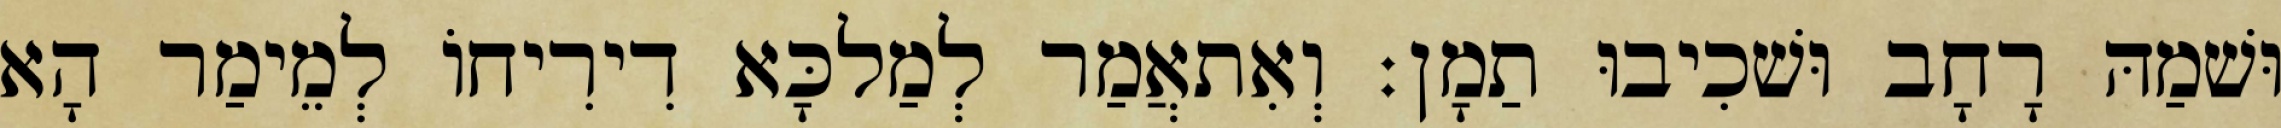
וּשׁמַהּ רָחָב וּשׁכִיבוּ תַמָן׃ וְאִתאֲמַר לְמַלכָּא דִירִיחוֹ לְמֵימַר הָא